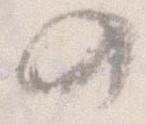
の